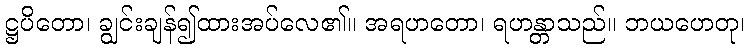
ဋ္ဌပိတော၊ ချွင်းချန်၍ထားအပ်လေ၏။ အရဟတော၊ ရဟန္တာသည်။ ဘယဟေတု၊